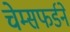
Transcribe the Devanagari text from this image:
चेम्सफर्डने